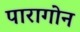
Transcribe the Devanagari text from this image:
पारागोन